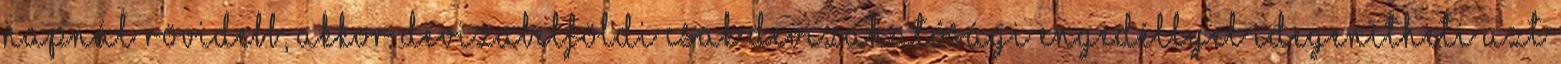
napnál rövidebb, akkor devizabelföldi csak devizahatósági engedéllyel idegenítheti azt